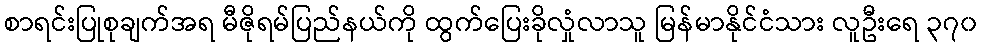
စာရင်းပြုစုချက်အရ မီဇိုရမ်ပြည်နယ်ကို ထွက်ပြေးခိုလှုံလာသူ မြန်မာနိုင်ငံသား လူဦးရေ ၃၇၀